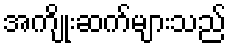
အကျိုးဆက်များသည်